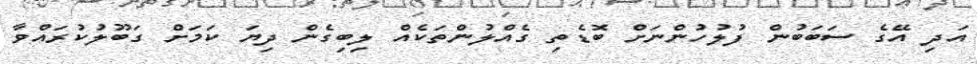
އަދި އޭގެ ސަބަބުން ފުލުހުންނަށް ބޮޑެތި ގެއްލުންތަކެއް ލިބިގެން ދިޔަ ކަމަށް ގަބޫލުކުރައްވާ